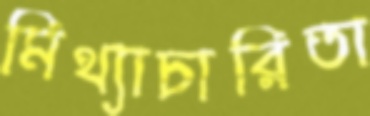
মিথ্যাচারিতা